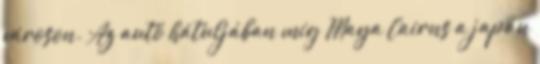
városon. Az autó hátuljában míg Maya Cairns a japán